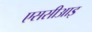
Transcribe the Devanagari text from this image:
एससीआइ